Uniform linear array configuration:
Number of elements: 16
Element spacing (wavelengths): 0.5
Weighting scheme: kaiser
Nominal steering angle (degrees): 0
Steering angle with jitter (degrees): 0.1993
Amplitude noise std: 0.05
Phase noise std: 0.05

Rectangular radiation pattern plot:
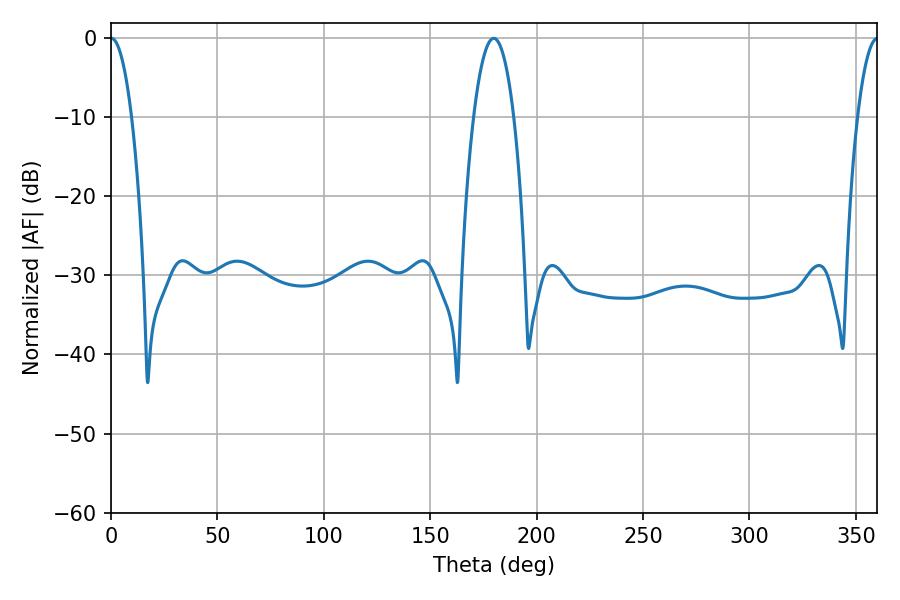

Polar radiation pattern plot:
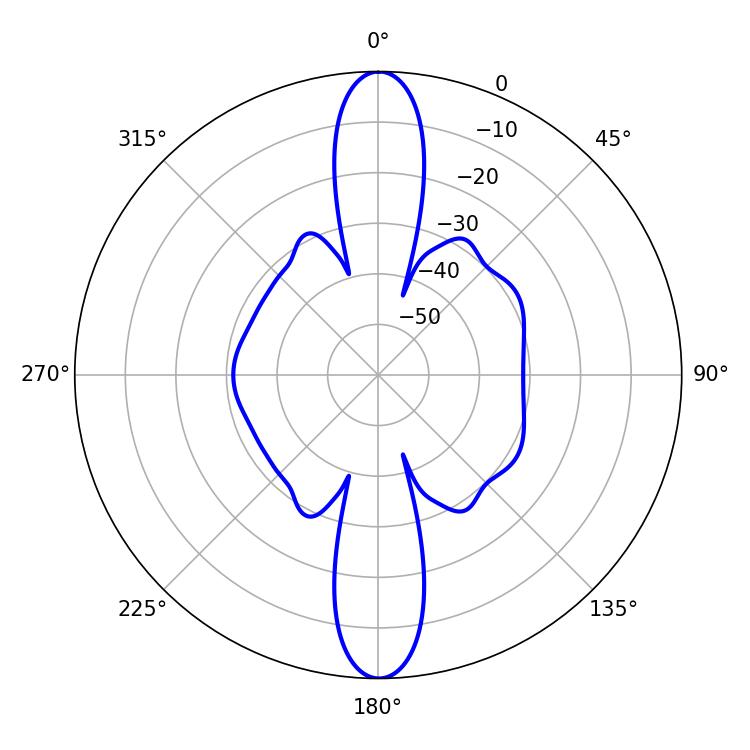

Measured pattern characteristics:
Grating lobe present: FALSE
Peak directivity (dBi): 29.638
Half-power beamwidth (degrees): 5.4
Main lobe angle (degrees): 0.18